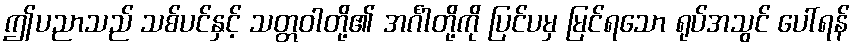
ဤပညာသည် သစ်ပင်နှင့် သတ္တဝါတို့၏ အင်္ဂါတို့ကို ပြင်ပမှ မြင်ရသော ရုပ်အသွင် ပေါ်ရန်